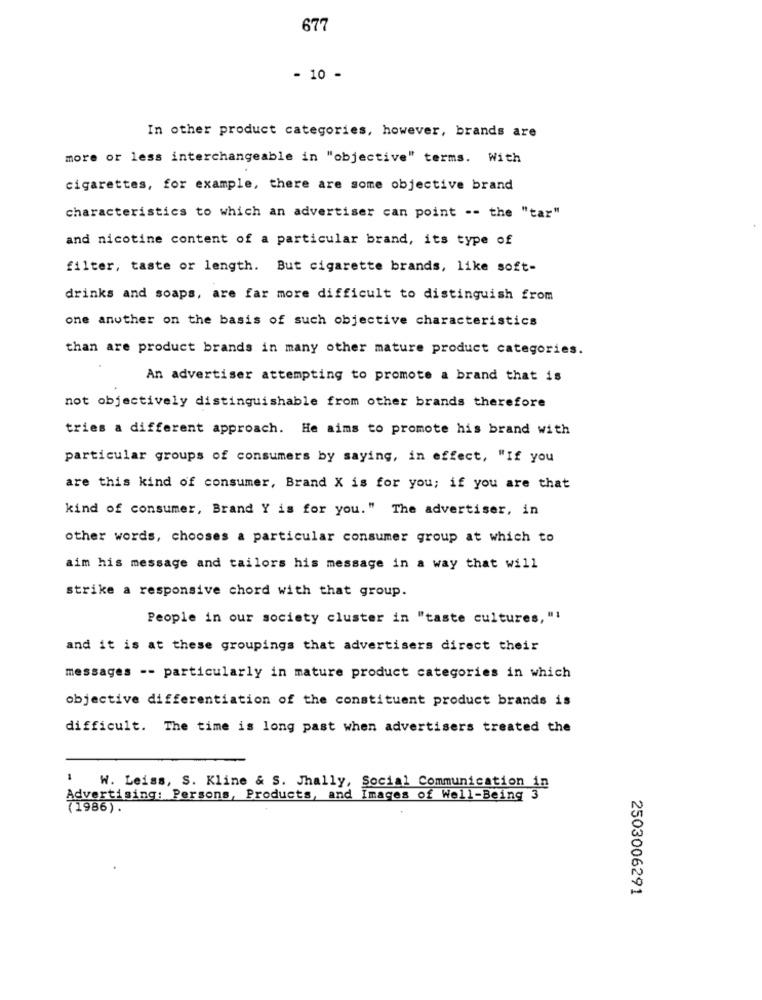
677
- 10 -
In other product categories, however, brands are
more or less interchangeable in "objective" terms. With
cigarettes, for example, there are some objective brand
characteristics to which an advertiser can point -- the "tar"
and nicotine content of a particular brand, its type of
filter, taste or length. But cigarette brands, like soft-
drinks and soaps, are far more difficult to distinguish from
one another on the basis of such objective characteristics
than are product brands in many other mature product categories.
An advertiser attempting to promote a brand that is
not objectively distinguishable from other brands therefore
tries a different approach. He aims to promote his brand with
particular groups of consumers by saying, in effect, "If you
are this kind of consumer, Brand X is for you; if you are that
kind of consumer, Brand Y is for you." The advertiser, in
other words, chooses a particular consumer group at which to
aim his message and tailors his message in a way that will
strike a responsive chord with that group.
People in our society cluster in "taste cultures, "'
and it is at these groupings that advertisers direct their
messages -- particularly in mature product categories in which
objective differentiation of the constituent product brands is
difficult. The time is long past when advertisers treated the
W. Leiss, S. Kline & S. Jhally, Social Communication in
Advertising: Persons, Products, and Images of Well-Being 3
(1986).
2503006291